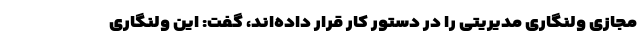
مجازی ولنگاری مدیریتی را در دستور کار قرار داده‌اند، گفت: این ولنگاری